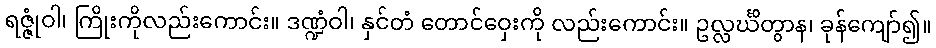
ရဇ္ဇုံဝါ၊ ကြိုးကိုလည်းကောင်း။ ဒဏ္ဍံဝါ၊ နှင်တံ တောင်ဝှေးကို လည်းကောင်း။ ဥလ္လင်္ဃိတွာန၊ ခုန်ကျော်၍။